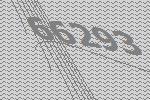
66293